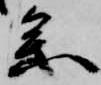
参